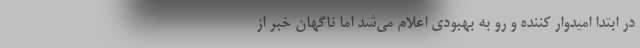
در ابتدا امیدوار کننده و رو به بهبودی اعلام می‌شد اما ناگهان خبر از